Lunatic asylums Madras 1892-1911 - 1892-1911
Year: 1892
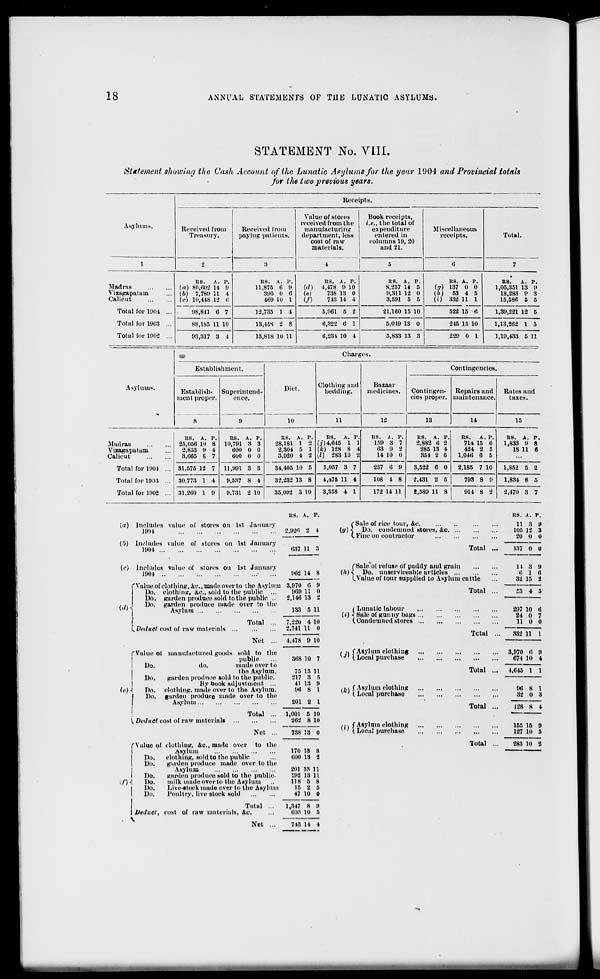
18
ANNUAL STATEMENTS OF THE LUNATIC ASYLUMS.
STATEMENT No. VIII.
Statement showing the Cash Account of the Lunatic Asylums for the year 1904 and Provincial totals
for the two previous years.
•
Chart- es.
Establishment.
Diet.
Clothing and
bedding.
Bazaar
medicines.
Contingencies.
Asylums,
Establish-
ment proper.
8
Superintend-
ence.
Contingen-
cies proper.
Repairs and
maintenance.
Rates and
taxes.
9
10
11
12
13
14
15
Madras
Vizagapatam
Calicut
RS. A. P.
25,056 10 8
2,853 9 4
3,065 8 7
RS, A. P.
10,791 3 3
000 0 0
000 0 0
11,991 3 3
RS. A.
28,181 1
2,304 5
3,920 4
P.
o
1
2
RS. A. P.
(i) 4,645 1 1
(k) 128 8 4
(l) 283 10 2
R8. A.
159 3
63 9
14 10
P.
7
2
0
RS. A. P.
2,882 0 2
285 13 4
354 2 6
RS. A. P.
714 15 0
424 2 5
1,040 6 5
R8. A. P.
1,833 9 8
18 11 «
Total for 1901 ... 31,575 12 7
34,405 10 5
5,057 3 7
237 0 9
3,522 6 0
2,185 7 10
1,852 5 2
Total for 1903 ... 30.773 1 4
9,537 8 4
32,232 13 8
4,476 11 4
108 4 8
2.431 2 5
793 8 9
1,834 8 5
Total for 1902 ... 31,200 1 0
9,731 2 10
35,092 3 10
3.35S 4 1
172 14 11
!,589 11 8
914 8 2
2,470 3 7
KS. A. P.
[a) Includes value of stores on 1st January
1901
2,92''> 2 4
(0) Includes value of stores on 1st January
1904
037 11 3
(<*) Includes value of stores on 1st January
1904
•
fValue of clothing, &c, made over to the Asylum
I
Do. clothing, &c, sold to the public ...
i
Do. garden produce sold to the public ...
Do. garden produce made over to the
Asylum
id) •{
{.Deduct cost of raw materials
Total
Net
<<)<
Value of manufactured goods sold to the
public
Do.
do.
made over to
the Asylum.
Do.
garden produce sold to the public.
lly book adjustment ...
Do. clothing, made over to the Asylum.
Do. garden produce made over to the
Asylum
I. Deduct cost of raw materials
Total
Net
I
~f)<
f Value of clothing, &c, made over to the
Asylum
Do.
clothing, sold to the public
Do.
gulden produce made over to the
Asylum
Do.
garden produce sold to the public.
Do.
milk nmdeover to the Asylum
l)o.
Live-stock made over to the Asylum
Do.
Poultry, live stock sold
Total
S Deduct, cost of raw materials, 4c.
902 14 8
3,970 0 9
909 11 0
8,146 13 2
133 5 U
7,220 4 10
2,741 11 0
4,478 9 1(1
308 10 7
75
217
41
90
15 11
3 5
13 9
8 1
201 2 1
1,001
202
5 10
8 10
738 13 0
170 13
000 13
8
2
201
192
118
15
47
13 11
13 11
5 8
2 5
10 0
1,347
003
8
10
9
5
("Sale of rice tour, &c.
{.I/) I Do. condemned stores, &c.
(. Fine on contractor
Total
f Sale ol refuse of paddy and grain
(Zi)-s Do. unserviceable articles
LValue of tour supplied to Asylum cattle
( Lunatic labour
(i) < Sale of gunny bags
( Condemned stores
/ •« s'Asylum clothing
'»' (.Local purchase
(k) $ As .vlum clothing
v '' ( Local purchase
in f Asylum clothing
( ' ( Local purchase
Total
Total
Total ...
Total ...
Total
KS. A. p.
11 3 9
105 12 3
20 0 0
137 0 0
It 3
0 1
32 15
9
0
2
£3 4 B
297 10
24 0
11 0
0
7
0
332 11 1
3,970 (1
674 10
9
4
4,645 1 ]
96 8
32 0
I
3
128 8 t
155 15
127 10
9
5
283 10 2
Net
743 14 4